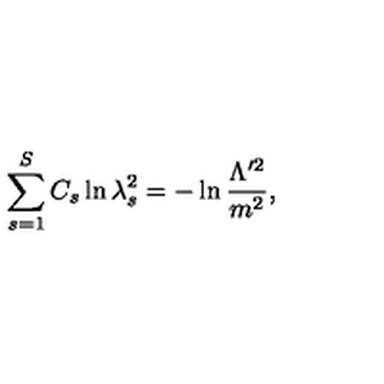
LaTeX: \sum _ { s = 1 } ^ { S } C _ { s } \ln \lambda _ { s } ^ { 2 } = - \ln \frac { \Lambda ^ { \prime 2 } } { m ^ { 2 } } ,